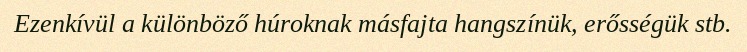
Ezenkívül a különböző húroknak másfajta hangszínük, erősségük stb.